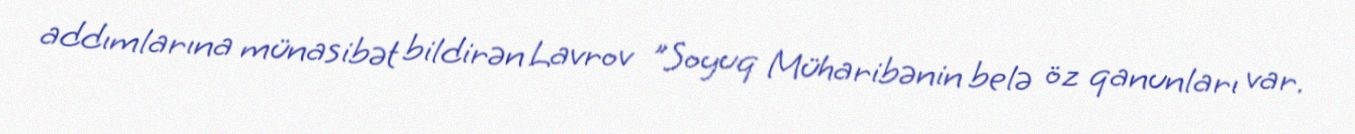
addımlarına münasibət bildirən Lavrov "Soyuq Müharibənin belə öz qanunları var.